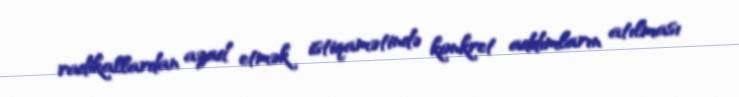
radikallardan azad etmək istiqamətində konkret addımların atılması